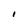
Character: I